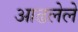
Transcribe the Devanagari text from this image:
आढलेले